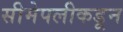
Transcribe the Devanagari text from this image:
सीमेपलीकडून